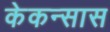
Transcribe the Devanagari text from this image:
केकन्सास